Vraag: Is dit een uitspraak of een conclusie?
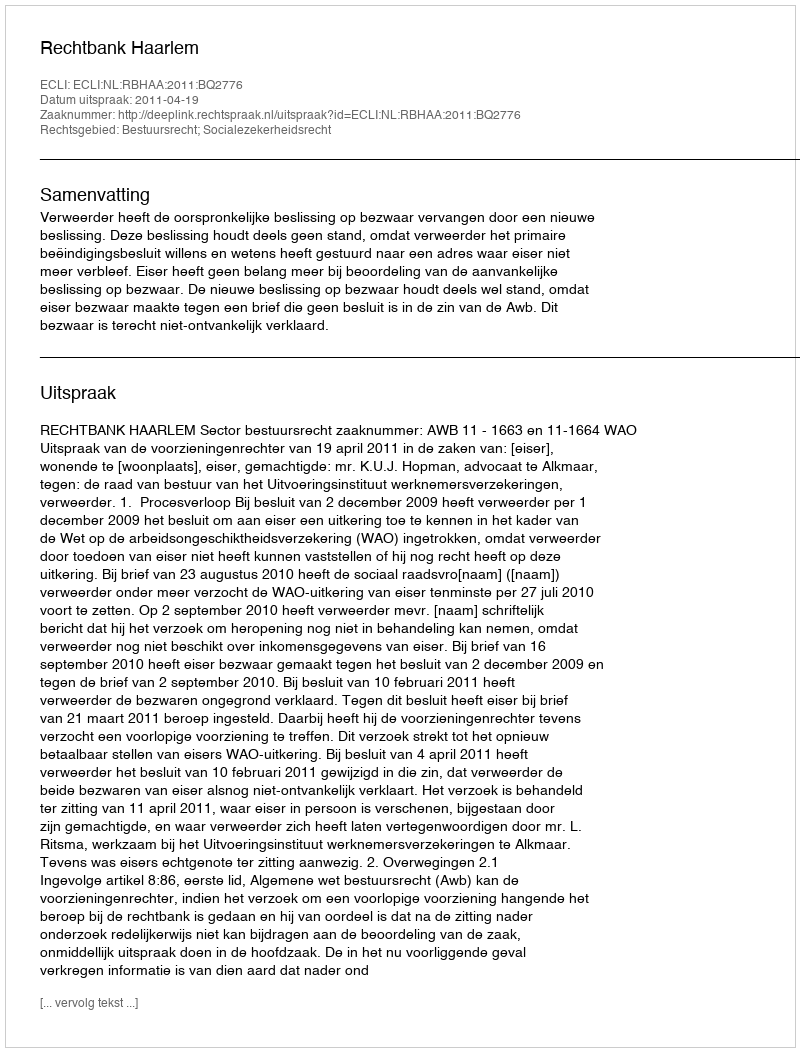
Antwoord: Uitspraak